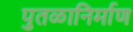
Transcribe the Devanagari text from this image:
पुतळानिर्माण